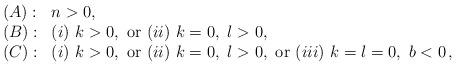
LaTeX: \begin{align*}\begin{array}{ll}(A):& n>0, \\(B):& (i)\ k>0,\ {\rm or}\ (ii)\ k=0,\ l>0, \\(C):& (i)\ k>0,\ {\rm or}\ (ii)\ k=0,\ l>0,\ {\rm or}\ (iii)\ k=l=0,\ b<0\,, \end{array}\end{align*}